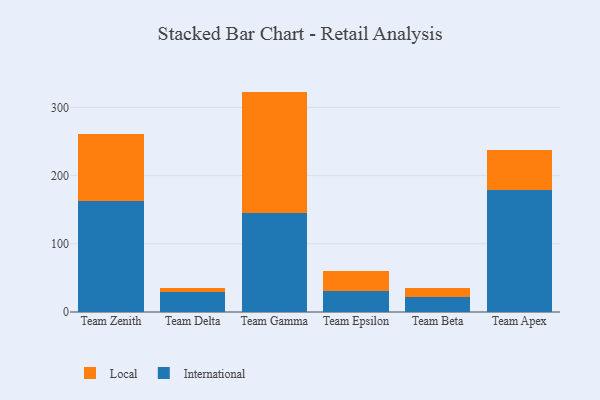
{"axis": {"x": "Team", "y": "Page Views"}, "legend": ["International", "Local"], "data": [{"x": "Team Zenith", "y": 162.6, "type": "International"}, {"x": "Team Zenith", "y": 98.3, "type": "Local"}, {"x": "Team Delta", "y": 29.0, "type": "International"}, {"x": "Team Delta", "y": 6.3, "type": "Local"}, {"x": "Team Gamma", "y": 145.8, "type": "International"}, {"x": "Team Gamma", "y": 177.4, "type": "Local"}, {"x": "Team Epsilon", "y": 30.5, "type": "International"}, {"x": "Team Epsilon", "y": 30.2, "type": "Local"}, {"x": "Team Beta", "y": 22.4, "type": "International"}, {"x": "Team Beta", "y": 13.4, "type": "Local"}, {"x": "Team Apex", "y": 178.7, "type": "International"}, {"x": "Team Apex", "y": 58.6, "type": "Local"}]}